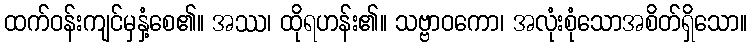
ထက်ဝန်းကျင်မှနှံ့စေ၏။ အဿ၊ ထိုရဟန်း၏။ သဗ္ဗာဝကော၊ အလုံးစုံသောအစိတ်ရှိသော။